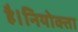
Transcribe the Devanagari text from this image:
है।नियोक्ता